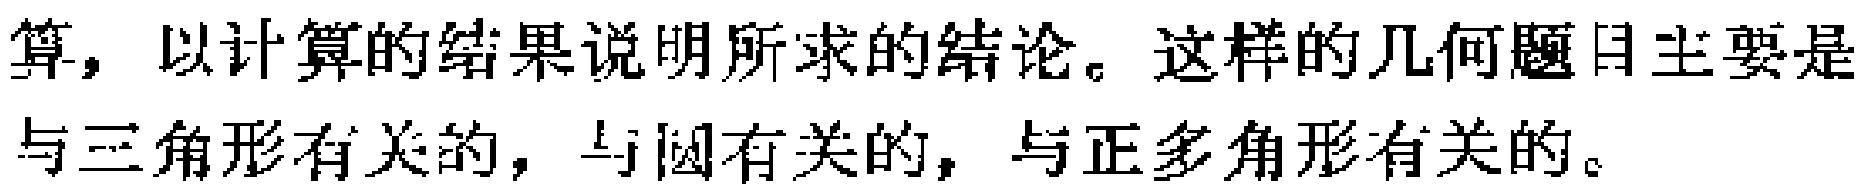
算，以计算的结果说明所求的结论。这样的几何题目主要是与三角形有关的，与圆有关的，与正多角形有关的。